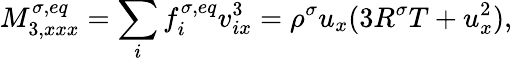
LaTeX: M_{3,xxx}^{\sigma,eq}=\sum_{i}f_{i}^{\sigma,eq}v_{ix}^{3}=\rho^{\sigma}u_{x}(3R^{\sigma}T+u_{x}^{2}),